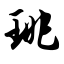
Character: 珧